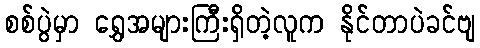
စစ်ပွဲမှာ ရွှေအများကြီးရှိတဲ့လူက နိုင်တာပဲခင်ဗျ